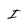
Character: I